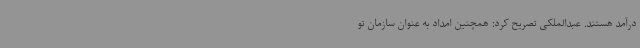
درآمد هستند. عبدالملکی تصریح کرد: همچنین امداد به عنوان سازمان تو